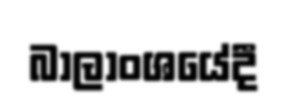
බාලාංශයේදී